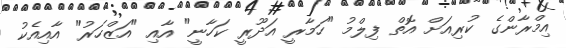
އިމްރާންގެ ކުރިއަށް އޮތް ފިލްމު "ހަމާރީ އަދޫރީ ކަހާނީ" އާއި "އަޒްހަރު" އާއިއެކު